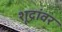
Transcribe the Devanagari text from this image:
शूद्रांवर